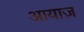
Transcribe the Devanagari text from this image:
आयाज़